Indian journal of veterinary science and animal husbandry - Volumes 15-17, 1948-1951
Year: 1948
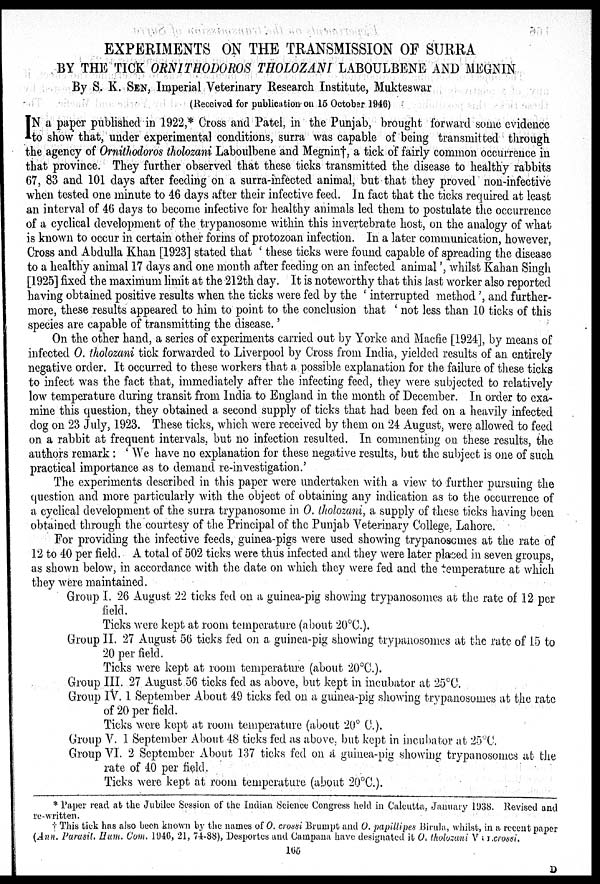
EXPERIMENTS ON THE TRANSMISSION OF SURRA
BY THE TICK ORNITHODOROS THOLOZANI LABOULBENE AND MEGNIN
By S. K. SEN, Imperial Veterinary Research Institute, Mukteswar
(Received for publication on 15 October 1946)
I N a paper published in 1922,* Cross and Patel, in the Punjab, brought forward some evidence
to show that, under experimental conditions, surra was capable of being transmitted through
the agency of Ornithodoros tholozani Laboulbene and Megnin†, a tick of fairly common occurrence in
that province. They further observed that these ticks transmitted the disease to healthy rabbits
67, 83 and 101 days after feeding on a surra-infected animal, but that they proved non-infective
when tested one minute to 46 days after their infective feed. In fact that the ticks required at least
an interval of 46 days to become infective for healthy animals led them to postulate the occurrence
of a cyclical development of the trypanosome within this invertebrate host, on the analogy of what
is known to occur in certain other forms of protozoan infection. In a later communication, however,
Cross and Abdulla Khan [1923] stated that 'these ticks were found capable of spreading the disease
to a healthy animal 17 days and one month after feeding on an infected animal', whilst Kahan Singh
[1925] fixed the maximum limit at the 212th day. It is noteworthy that this last worker also reported
having obtained positive results when the ticks were fed by the 'interrupted method', and further-
more, these results appeared to him to point to the conclusion that 'not less than 10 ticks of this
species are capable of transmitting the disease.'
On the other hand, a series of experiments carried out by Yorke and Macfie [1924], by means of
infected O. tholozani tick forwarded to Liverpool by Cross from India, yielded results of an entirely
negative order. It occurred to these workers that a possible explanation for the failure of these ticks
to infect was the fact that, immediately after the infecting feed, they were subjected to relatively
low temperature during transit from India to England in the month of December. In order to exa-
mine this question, they obtained a second supply of ticks that had been fed on a heavily infected
dog on 23 July, 1923. These ticks, which were received by them on 24 August, were allowed to feed
on a rabbit at frequent intervals, but no infection resulted. In commenting on these results, the
authors remark: 'We have no explanation for these negative results, but the subject is one of such
practical importance as to demand re-investigation.'
The experiments described in this paper were undertaken with a view to further pursuing the
question and more particularly with the object of obtaining any indication as to the occurrence of
a cyclical development of the surra trypanosome in O. tholozani, a supply of these ticks having been
obtained through the courtesy of the Principal of the Punjab Veterinary College, Lahore.
For providing the infective feeds, guinea-pigs were used showing trypanosomes at the rate of
12 to 40 per field. A total of 502 ticks were thus infected and they were later placed in seven groups,
as shown below, in accordance with the date on which they were fed and the temperature at which
they were maintained.
Group I. 26 August 22 ticks fed on a guinea-pig showing trypanosomes at the rate of 12 per
field.
Ticks were kept at room temperature (about 20ºC.).
Group II. 27 August 56 ticks fed on a guinea-pig showing trypanosomes at the rate of 15 to
20 per field.
Ticks were kept at room temperature (about 20ºC.).
Group III. 27 August 56 ticks fed as above, but kept in incubator at 25ºC.
Group IV. 1 September About 49 ticks fed on a guinea-pig showing trypanosomes at the rate
of 20 per field.
Ticks were kept at room temperature (about 20º C).
Group V. 1 September About 48 ticks fed as above, but kept in incubator at 25ºC.
Group VI. 2 September About 137 ticks fed on a guinea-pig showing trypanosomes at the
rate of 40 per field.
Ticks were kept at room temperature (about 20ºC.).
* Paper read at the Jubilee Session of the Indian Science Congress held in Calcutta. January 1938. Revised and
re-written.
† This tick has also been known by the names of O. crossi Brumpt and O. papillipes Birula, whilst, in a recent paper
(Ann. Parasit. Hum. Com. 1946, 21, 74-88), Desportes and Campana have designated it O. tholozani Var.crossi.
165